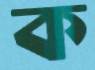
ক